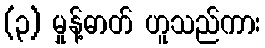
(၃) မှုန့်ဓာတ် ဟူသည်ကား